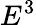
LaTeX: E^{3}